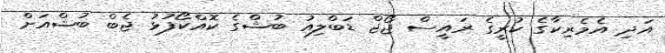
އަދި އެމެރިކާގެ ކުރީގެ ރައީސް ޖޯޖް ޑަބްލިއު ބުޝްގެ ކޮއްކޯފުޅު ޖެބް ބުޝްއަށް